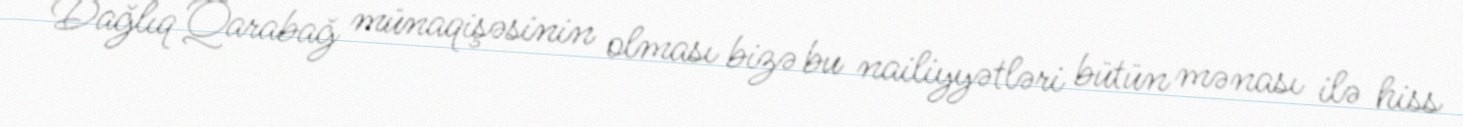
Dağlıq Qarabağ münaqişəsinin olması bizə bu nailiyyətləri bütün mənası ilə hiss